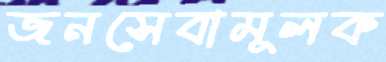
জনসেবামূলক